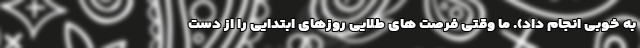
به خوبی انجام داد). ما وقتی فرصت های طلایی روزهای ابتدایی را از دست